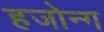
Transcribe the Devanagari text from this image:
हजोन्ग